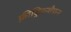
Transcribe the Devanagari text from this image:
फ़्रीड्रिकशैफ़न